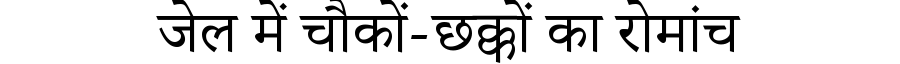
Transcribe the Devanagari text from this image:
जेल में चौकों-छक्कों का रोमांच